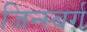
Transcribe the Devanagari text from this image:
जिन्स्बर्ग